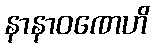
နာနာဝဏေဟိ